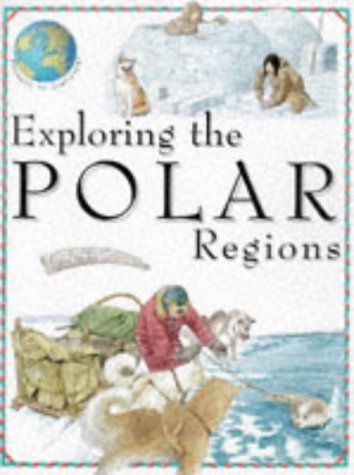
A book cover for Exploring the Polar Regions (Voyalges of Discovery); Jen Green; Children's Books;